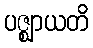
ပဇ္ဈာယတိ